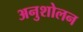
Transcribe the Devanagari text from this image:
अनुशोलन